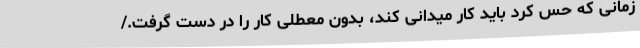
زمانی که حس کرد باید کار میدانی کند، بدون معطلی کار را در دست گرفت./